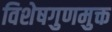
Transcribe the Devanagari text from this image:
विशेषगुणमुक्त